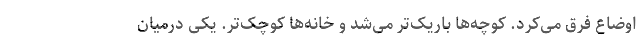
اوضاع فرق می‌کرد. کوچه‌ها باریک‌تر می‌شد و خانه‌ها کوچک‌تر. یکی درمیان